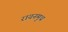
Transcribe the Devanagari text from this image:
रायनमुथ